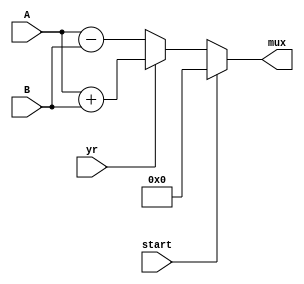
// Module for sum/sub plus both multiplexors after ATAN_ROM:

module sum_sub2 ( 
				input [31:0] A,
				input [31:0] B,
				input yr,
                input start,
				output [31:0] mux
				);

wire [33:0] sum,
			sub,
			add_sub;

parameter aux = 32'd0;

assign sum = A + B;                             //sum
assign sub = A - B;                             //sub
assign add_sub = yr ? sum : sub;			    //mux for add or sub
assign mux = start ? aux : add_sub;				//'final' mux

endmodule